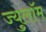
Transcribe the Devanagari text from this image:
ज्युलॉम